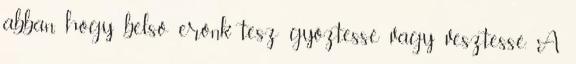
abban, hogy belső erőnk tesz győztessé vagy vesztessé. A